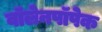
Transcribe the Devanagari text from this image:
वॉलेनपॉपेक